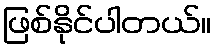
ဖြစ်နိုင်ပါတယ်။